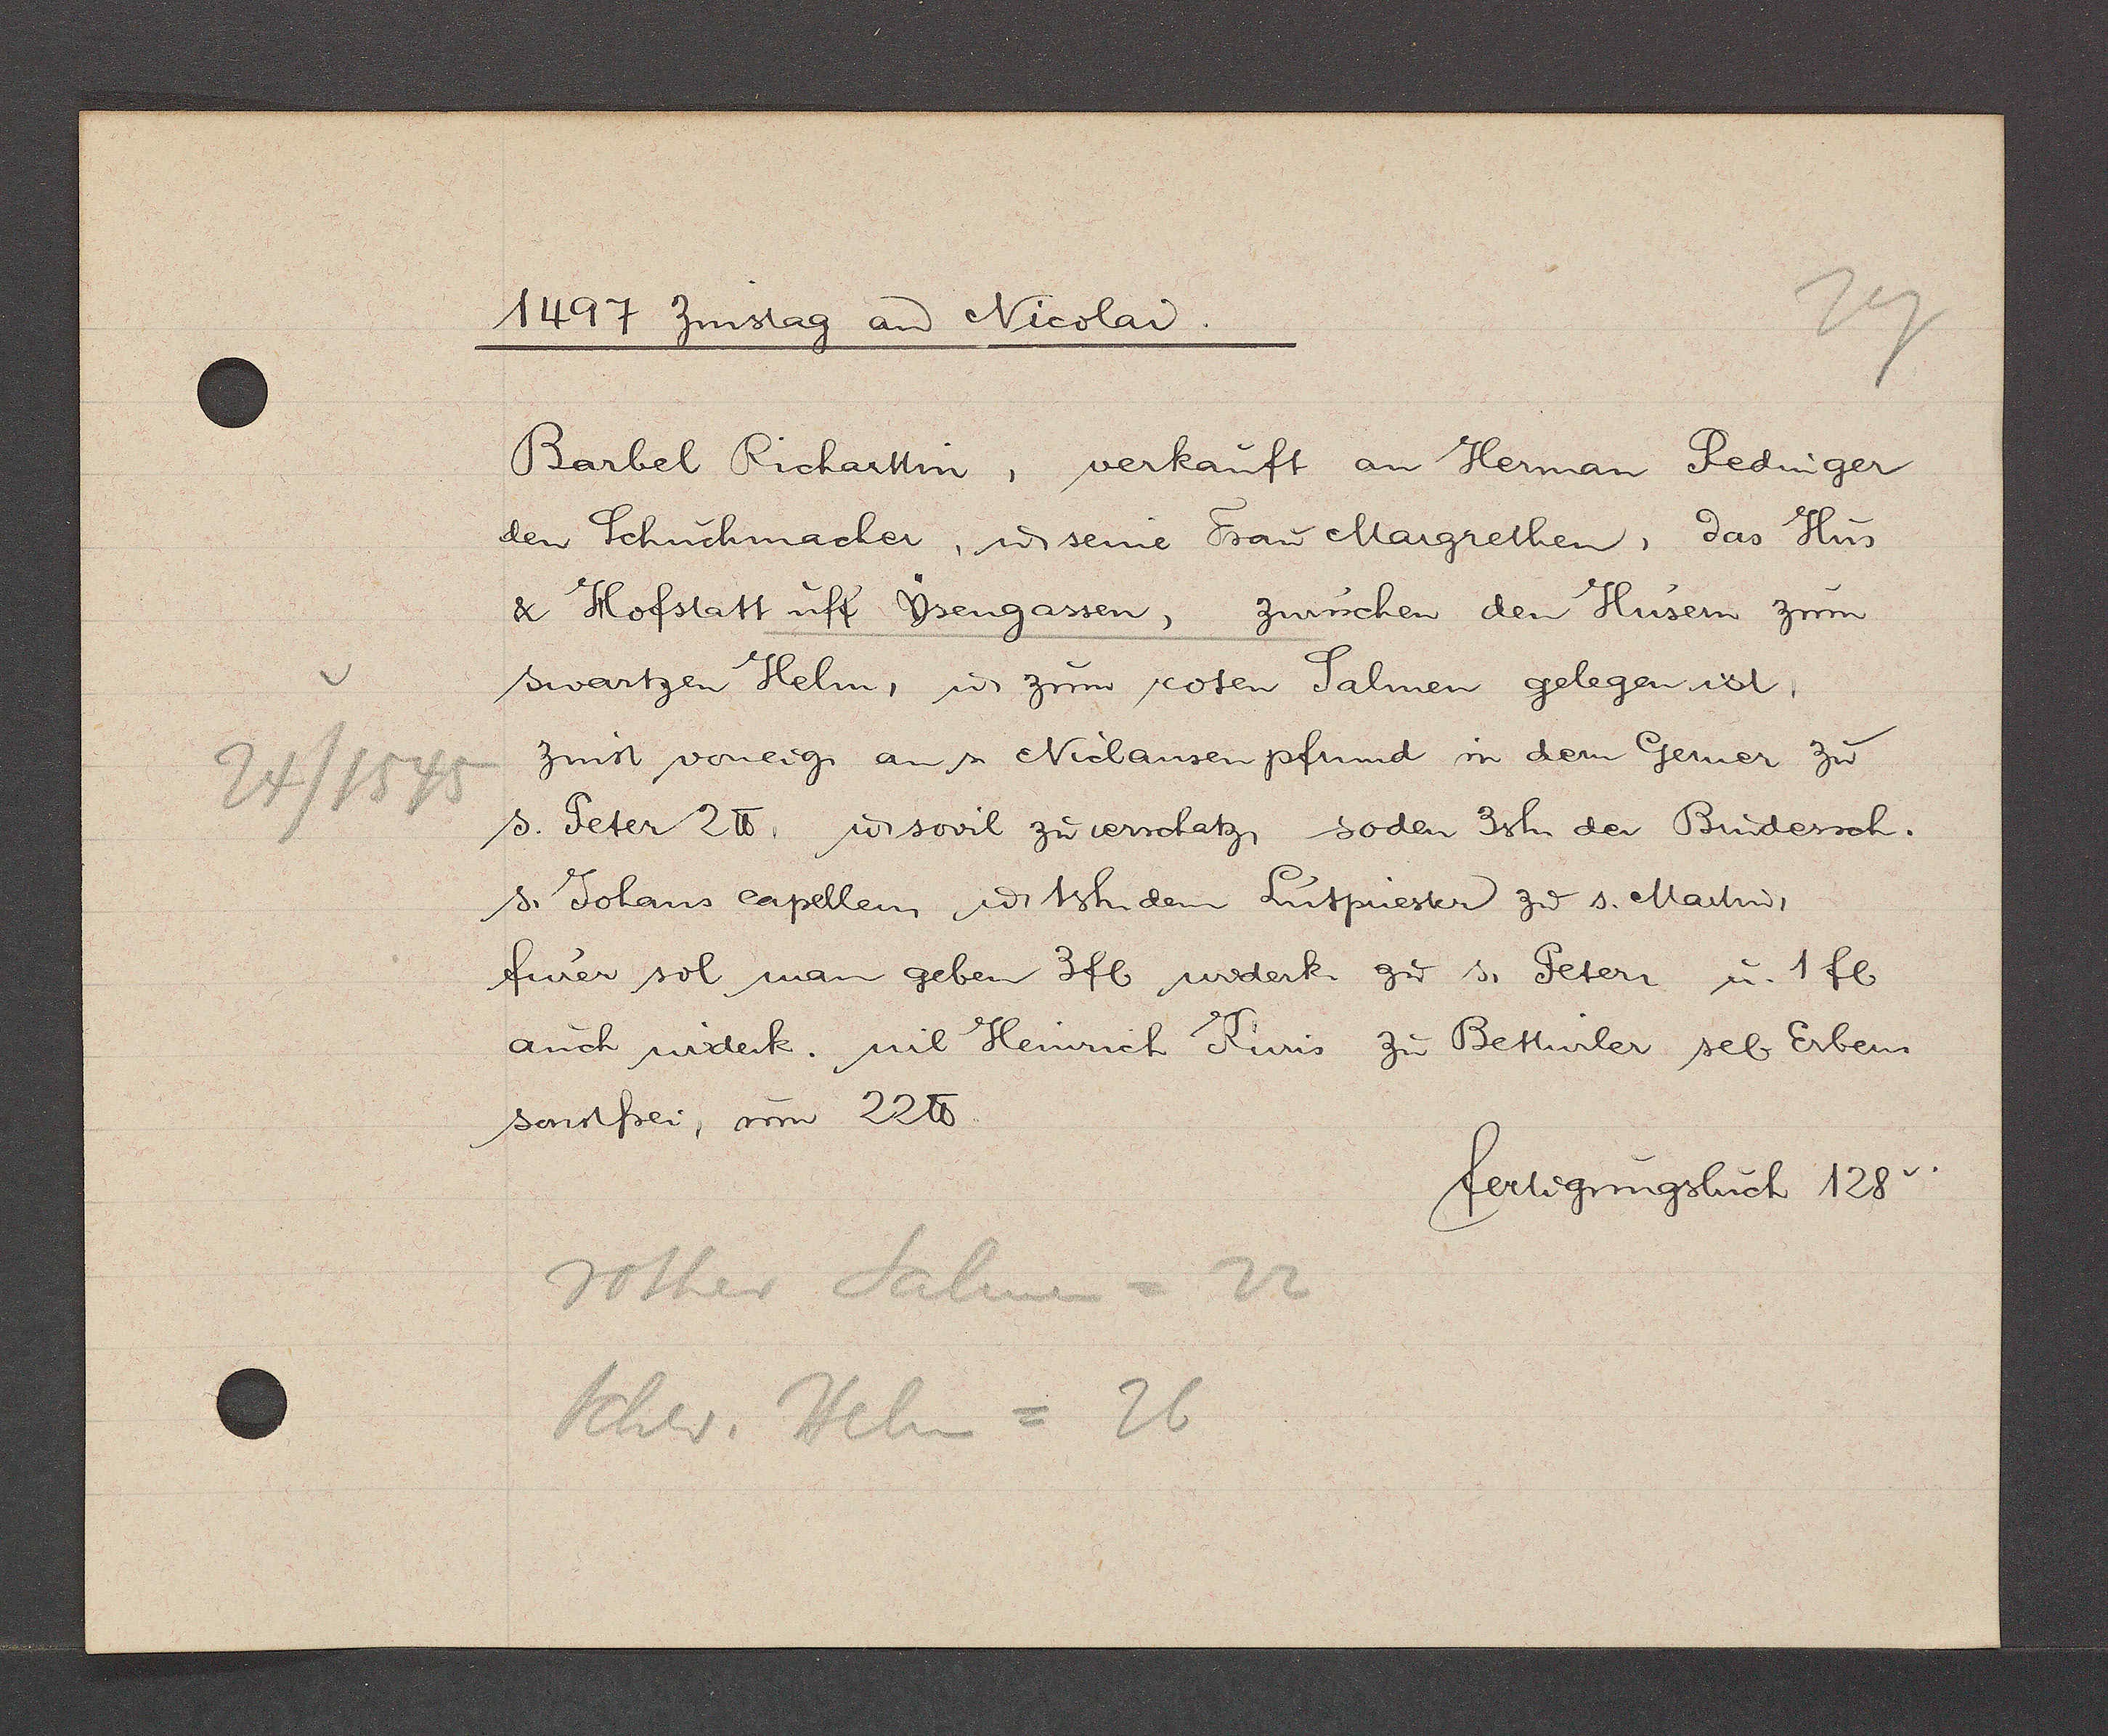
Transcript:
2/1545

1497 Zinstag aȵ Nicolai.
Barbel Richarttin; verkauft an Herman Redinger
den Schuchmacher, ư seine Frau Margrethen, das Hus
& Hofstatt uff Ysengassen, zwüschen den Husern zum
swartzen Helm, ư zum roten Salmen gelegen ist.
Zinst voneig. an s. Niclausen pfumd in dem Gerner zu
S. Peter 2 ℔. ư sovil zu verschatz, soden 3sh der Brudersch.
S. Johans capellen ư 1sh. dem Lutpriester zu s. Martin,
furer sol man geben 3fl widerk. zu s. Peteri u. 1 fl
auch widerk. wil Heinrich Kuris zu Bettwiler sel Erben
sonst frei, um 22 ℔
fertigungsbuch 128v.
rother Salmen = 22
Schw. Helm = 26